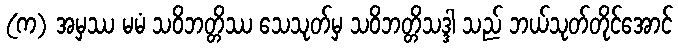
(က) အမှဿ မမံ သဝိဘတ္တိဿ သေသုတ်မှ သဝိဘတ္တိသဒ္ဒါ သည် ဘယ်သုတ်တိုင်အောင်